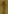
Text: 1